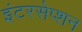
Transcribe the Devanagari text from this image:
इंटरसेप्शन